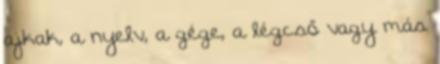
ajkak, a nyelv, a gége, a légcső vagy más